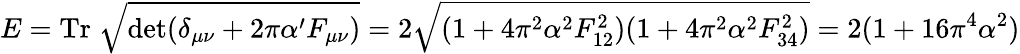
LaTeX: E=\mathrm{Tr}\; \sqrt{\operatorname*{det}(\delta_{\mu\nu}+2\pi\alpha^{\prime}F_{\mu\nu})}=2\sqrt{(1+4\pi^{2}\alpha^{2}F_{12}^{2})(1+4\pi^{2}\alpha^{2}F_{34}^{2})}=2(1+16\pi^{4}\alpha^{2})